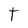
Character: t